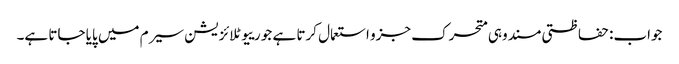
جواب: حفاظتی مسند وہی متحرک جزو استعمال کرتا ہے جو رییوٹلائزیشن سیرم میں پایا جاتا ہے۔